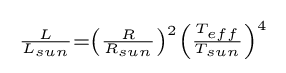
{\begin{smallmatrix}{\frac {L}{L_{sun}}}=\left({\frac {R}{R_{sun}}}\right)^{2}\left({\frac {T_{eff}}{T_{sun}}}\right)^{4}\end{smallmatrix}}